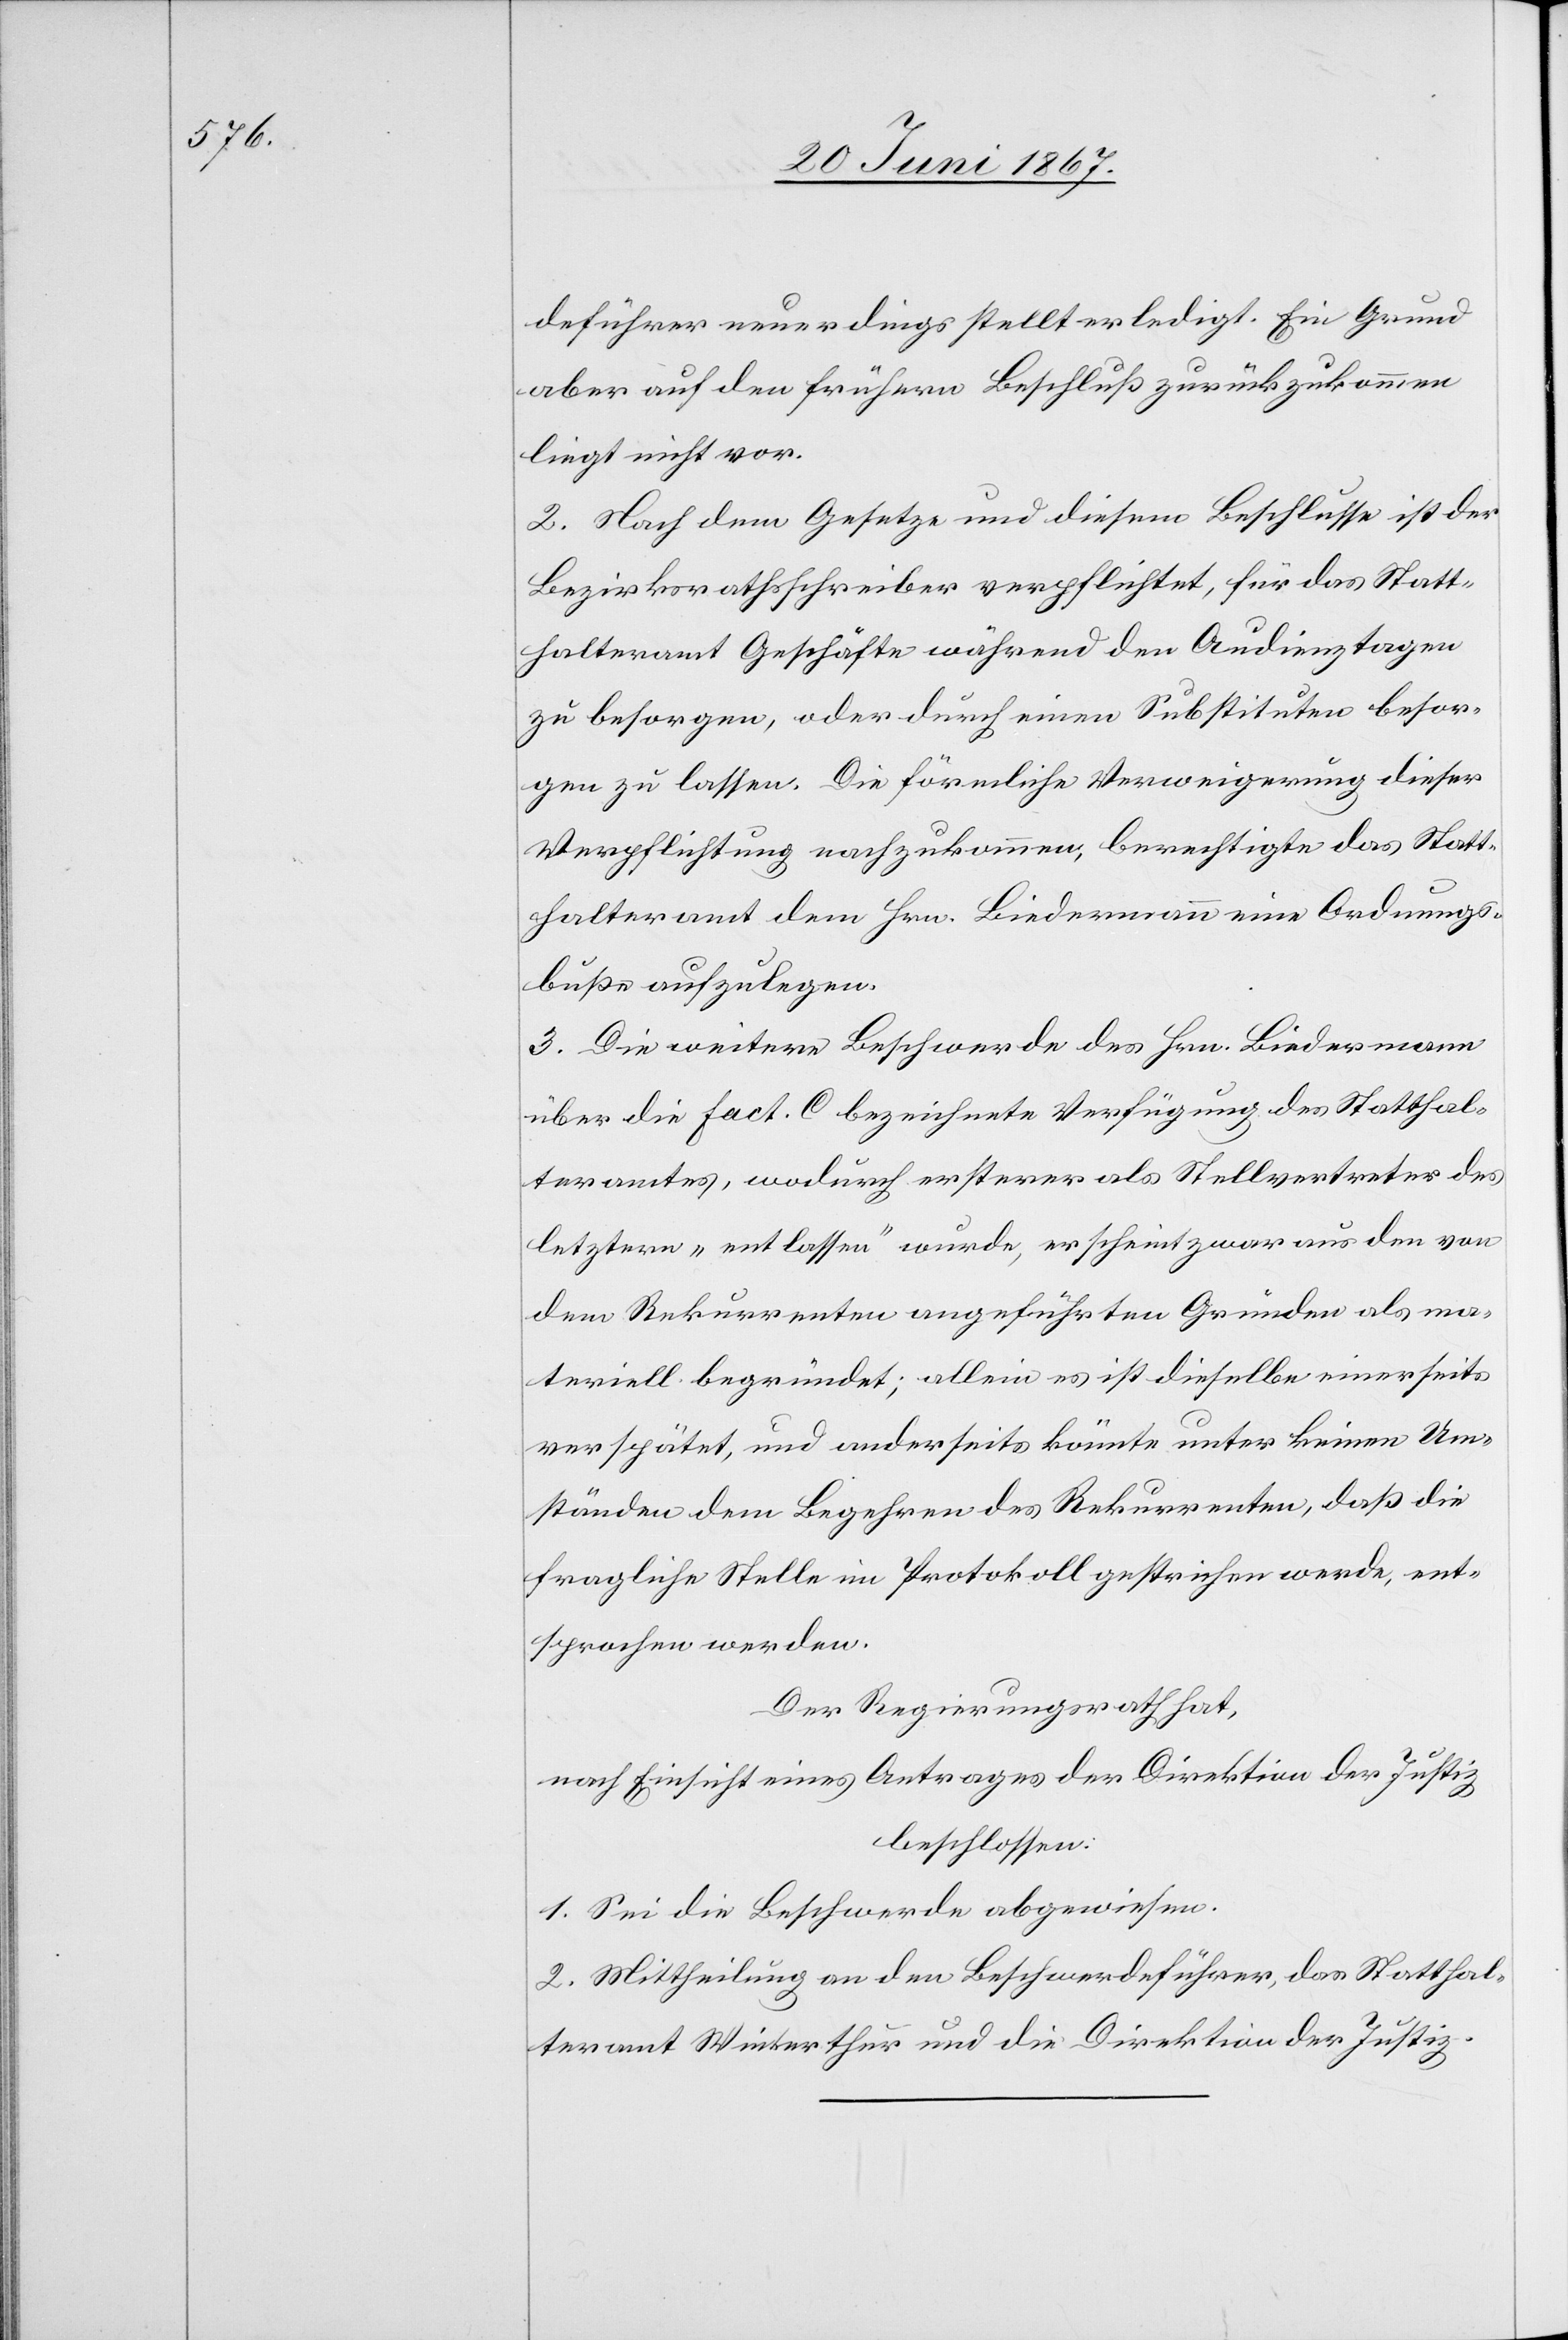
deführer neuerdings stellt erledigt. Ein Grund
aber auf den frühern Beschluß zurückzukommen
liegt nicht vor.
2. Nach dem Gesetze und diesem Beschlusse ist der
Bezirksrathsschreiber verpflichtet, für das Statt¬
halteramt Geschäfte während den Audienztagen
zu besorgen, oder durch einen Substituten besor¬
gen zu lassen. Die förmliche Verweigerung dieser
Verpflichtung nachzukommen, berechtigte das Statt¬
halteramt den Hrn. Biedermann eine Ordnungs¬
buße aufzulegen.
3. Die weitere Beschwerde des Hrn. Biedermann
über die Fact. C bezeichnete Verfügung des Statthal¬
teramtes, wodurch ersterer als Stellvertreter des
letztern „entlassen“ wurde, erscheint zwar aus den von
dem Rekurrenten angeführten Gründen als ma¬
teriell begründet; allein es ist dieselbe einerseits
verspätet, und anderseits könnte unter keinen Um¬
ständen dem Begehren des Rekurrenten, daß die
fragliche Stelle im Protokoll gestrichen werde, ent¬
sprochen werden.
Der Regierungsrath hat,
nach Einsicht eines Antrages der Direktion der Justiz,
beschlossen:
1. Sei die Beschwerde abgewiesen.
2. Mittheilung an den Beschwerdeführer, das Statthal¬
teramt Winterthur und die Direktion der Justiz.